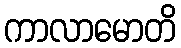
ကာလာမောတိ